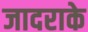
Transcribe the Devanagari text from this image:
जादराके